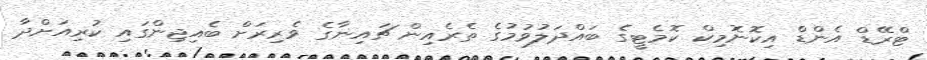
ޓްރޭޑް އެންޑް އިކޮނޮމިކް ކޮމެޓީގެ ބައްދަލުވުމުގެ ތެރެއިން ޗައިނާގެ ވެރިރަށް ބެއިޖިންގައި ކުރިއަށްދާ